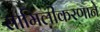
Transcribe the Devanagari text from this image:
सामिलीकरणाने